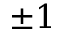
\pm 1